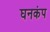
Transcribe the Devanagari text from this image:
घनकंप